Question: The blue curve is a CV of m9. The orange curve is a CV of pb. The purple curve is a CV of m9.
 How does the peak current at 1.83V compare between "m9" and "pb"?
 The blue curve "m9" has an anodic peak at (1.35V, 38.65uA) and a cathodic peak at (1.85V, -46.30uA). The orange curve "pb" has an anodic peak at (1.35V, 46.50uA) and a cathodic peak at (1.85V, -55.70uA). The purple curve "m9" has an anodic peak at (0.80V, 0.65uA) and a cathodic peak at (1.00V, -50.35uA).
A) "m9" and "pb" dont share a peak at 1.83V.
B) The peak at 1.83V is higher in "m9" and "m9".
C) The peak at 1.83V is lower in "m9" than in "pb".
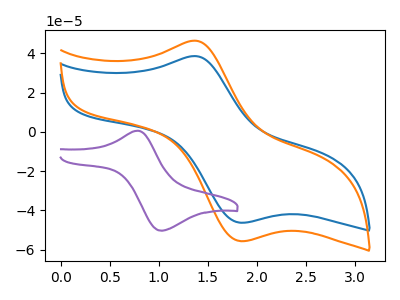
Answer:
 <answer>C) The peak at 1.83V is lower in "m9" than in "pb".</answer>
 <eval>C</eval>